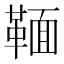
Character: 𩋠